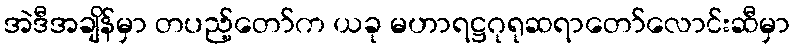
အဲဒီအချိန်မှာ တပည့်တော်က ယခု မဟာရဋ္ဌဂုရုဆရာတော်လောင်းဆီမှာ